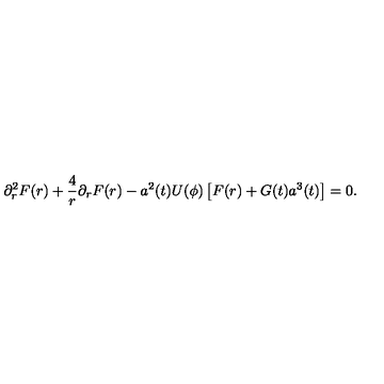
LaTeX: \partial _ { r } ^ { 2 } F ( r ) + \frac 4 { r } \partial _ { r } F ( r ) - a ^ { 2 } ( t ) U ( \phi ) \left[ F ( r ) + G ( t ) a ^ { 3 } ( t ) \right] = 0 .